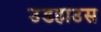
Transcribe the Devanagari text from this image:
उडहाउस